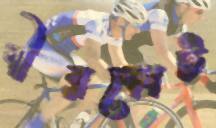
বীরকোট